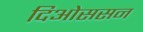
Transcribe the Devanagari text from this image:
दिओससन